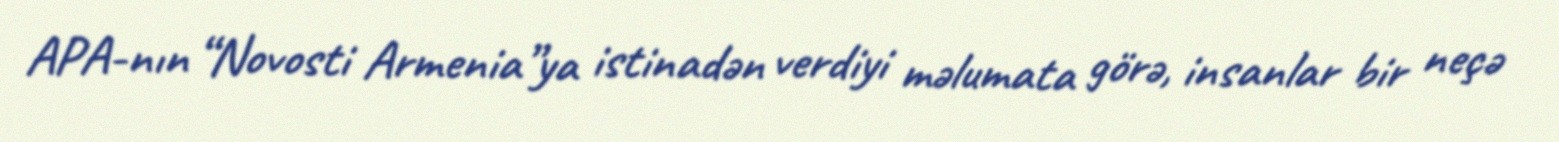
APA-nın “Novosti Armenia”ya istinadən verdiyi məlumata görə, insanlar bir neçə